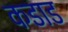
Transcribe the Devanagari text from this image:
कडाड